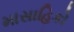
માસાહિકો